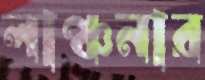
লাঞ্চনার